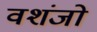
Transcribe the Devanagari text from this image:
वशंजो